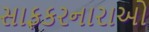
સાફકરનારાઓ